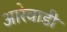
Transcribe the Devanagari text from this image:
आरेवाडी